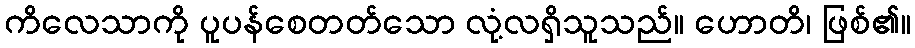
ကိလေသာကို ပူပန်စေတတ်သော လုံ့လရှိသူသည်။ ဟောတိ၊ ဖြစ်၏။